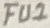
Text: FU2